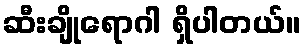
ဆီးချိုရောဂါ ရှိပါတယ်။